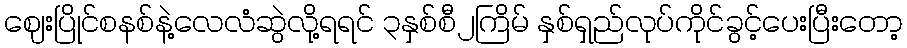
ဈေးပြိုင်စနစ်နဲ့လေလံဆွဲလို့ရရင် ၃နှစ်စီ၂ကြိမ် နှစ်ရှည်လုပ်ကိုင်ခွင့်ပေးပြီးတော့